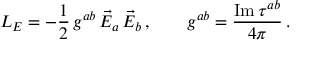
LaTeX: { \cal L } _ { E } = - \frac { 1 } { 2 } \, g ^ { a b } \, \vec { E } _ { a } \, \vec { E } _ { b } \, , \qquad g ^ { a b } = \frac { \mathrm { I m } \, \tau ^ { a b } } { 4 \pi } \, .